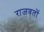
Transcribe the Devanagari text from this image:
राजवतों